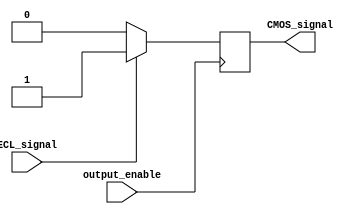
module ECL_buffer (
  input wire ECL_signal,
  output reg CMOS_signal,
  input wire output_enable
);

wire ECL_input;
wire CMOS_output;

// ECL to CMOS conversion
assign ECL_input = ECL_signal;
assign CMOS_output = ECL_input ? 1'b1 : 1'b0;

// Output enable functionality
always @ (posedge output_enable)
begin
  if (output_enable)
    CMOS_signal <= CMOS_output;
end

endmodule